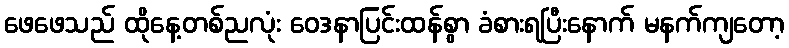
ဖေဖေသည် ထိုနေ့တစ်ညလုံး ဝေဒနာပြင်းထန်စွာ ခံစားရပြီးနောက် မနက်ကျတော့